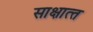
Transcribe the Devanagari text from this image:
साक्षात्‍त